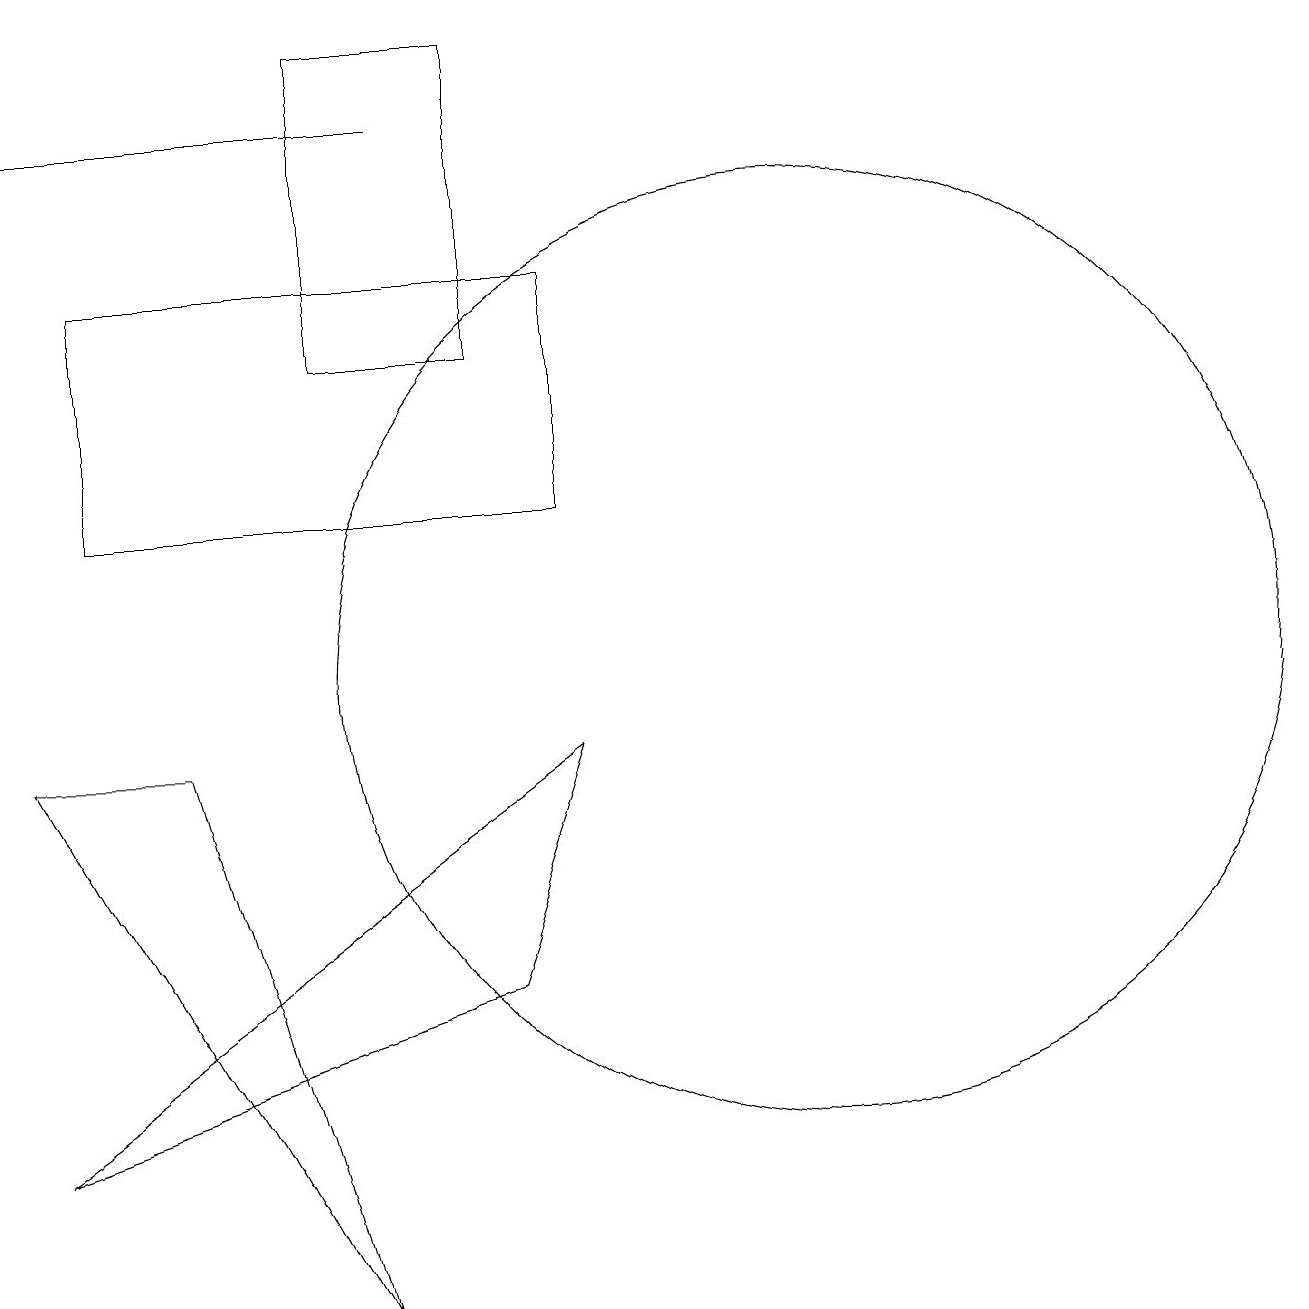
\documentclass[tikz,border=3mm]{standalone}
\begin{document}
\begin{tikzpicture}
\draw (12,10) circle (6);
\draw[->] (7,17) -- (2,17);
\draw (8,18) rectangle (6,14);
\draw (9,12) rectangle (3,15);
\draw (2,4) -- (9,9) -- (8,6) -- cycle;
\draw (6,2) -- (2,9) -- (4,9) -- cycle;
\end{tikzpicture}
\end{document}